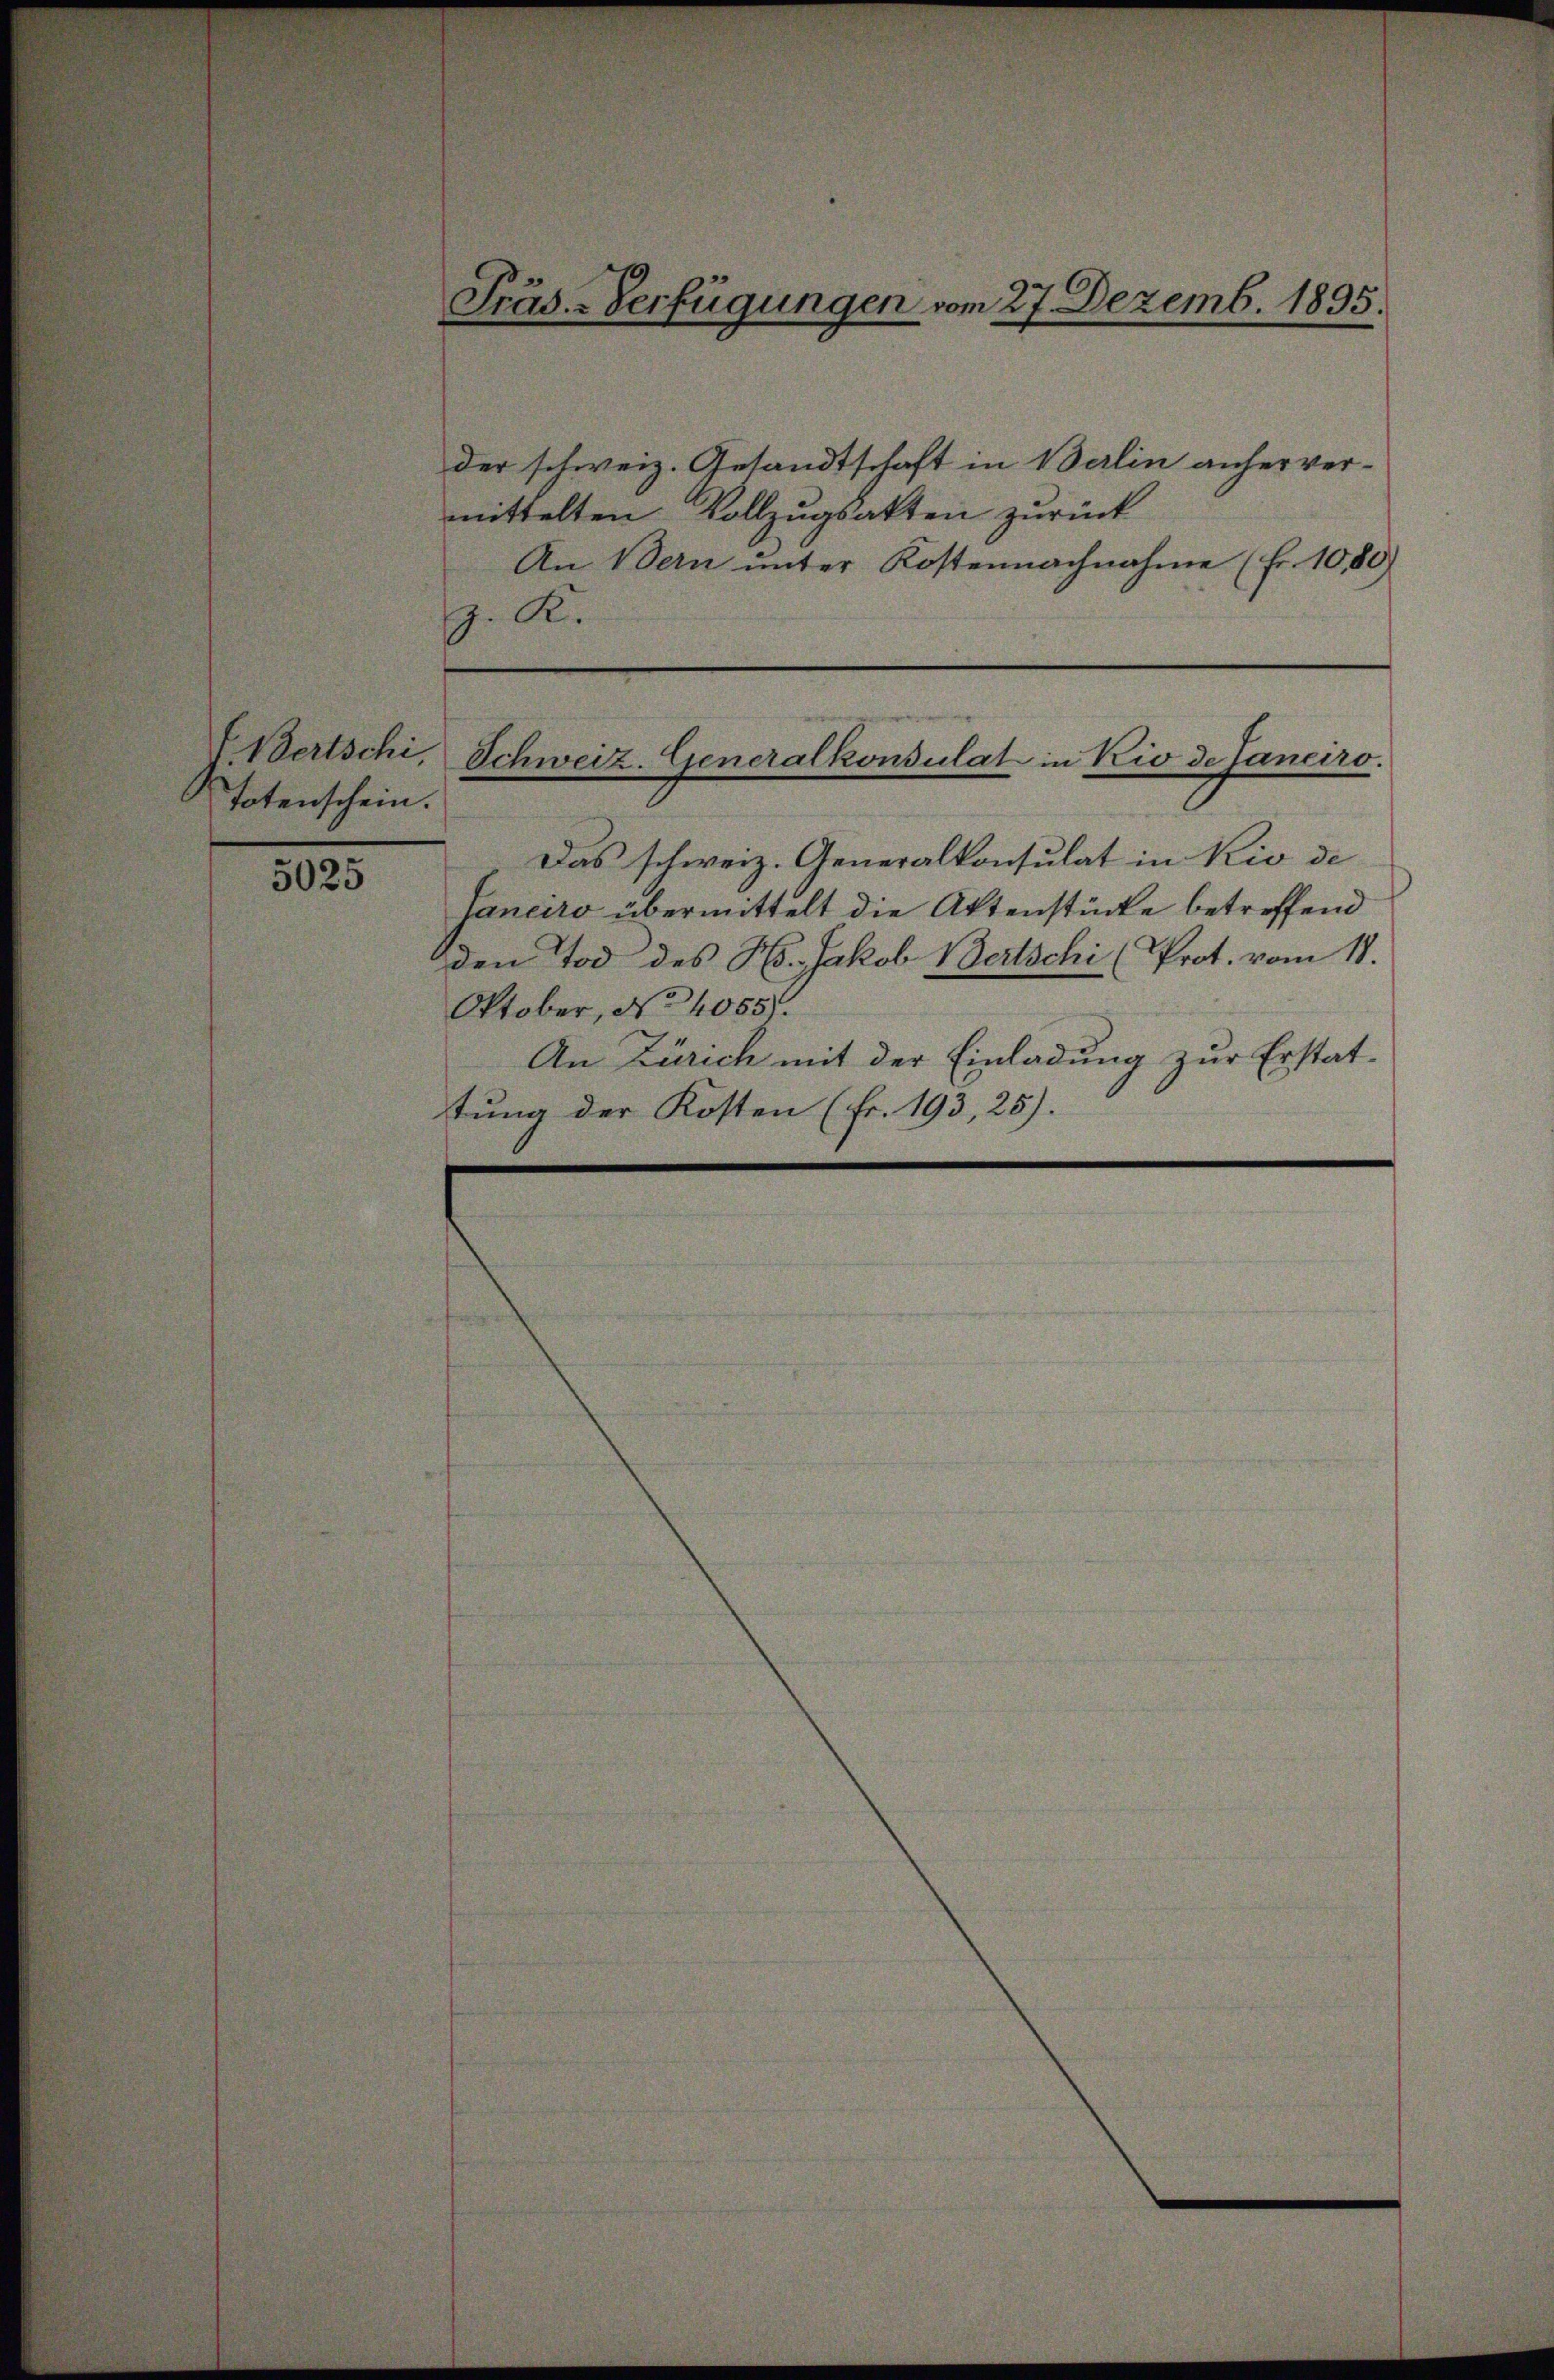
Totenschein.

5025

der schweiz. Gesandtschaft in Berlin anher vermittelten Vollzugsakten zurück
An Vern unter Kostennachnahme (Fr. 10,80)
G. K.

Präs.-Verfügungen vom 27. Dezemb. 1895.

Wertschi, Schweiz. Generalkonsulat in Kio de Janeiro.

Das schweiz. Generalkonsulat in Rio de
Janeiro übermittelt die Aktenstücke betreffend
den Tod des Hs. Jakob Bertschi (Prot. vom 18.
Oktober, No 4055.
An Zürich mit der Einladung zur Erstattung der Kosten (Fr. 193, 25).